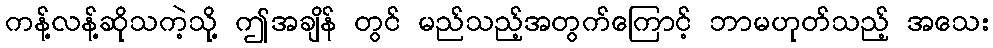
ကန့်လန့်ဆိုသကဲ့သို့ ဤအချိန် တွင် မည်သည့်အတွက်ကြောင့် ဘာမဟုတ်သည့် အသေး